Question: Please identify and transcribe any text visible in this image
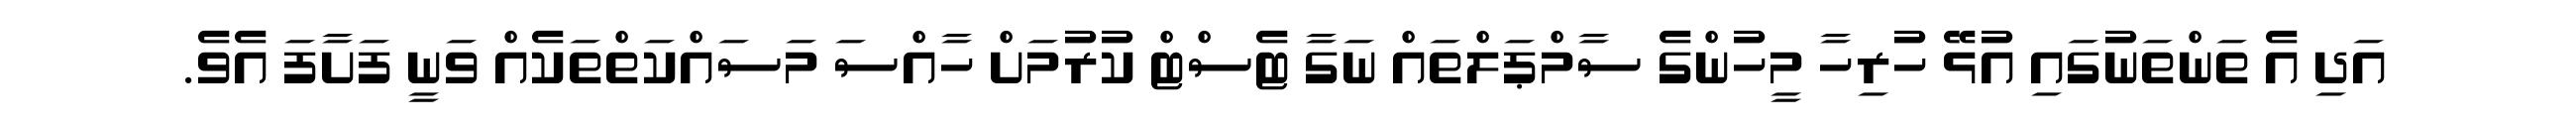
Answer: އަދި އެ ތަންތަނުގައި އުޅޭ ހުރިހާ މީހުންގެ ސާމްޕަލްތައް ނަގާ ޓެސްޓް ކުރުމަށް ހާއްސަ މަސައްކަތްތަކެއް ވަނީ ފަށާފަ އެވެ.